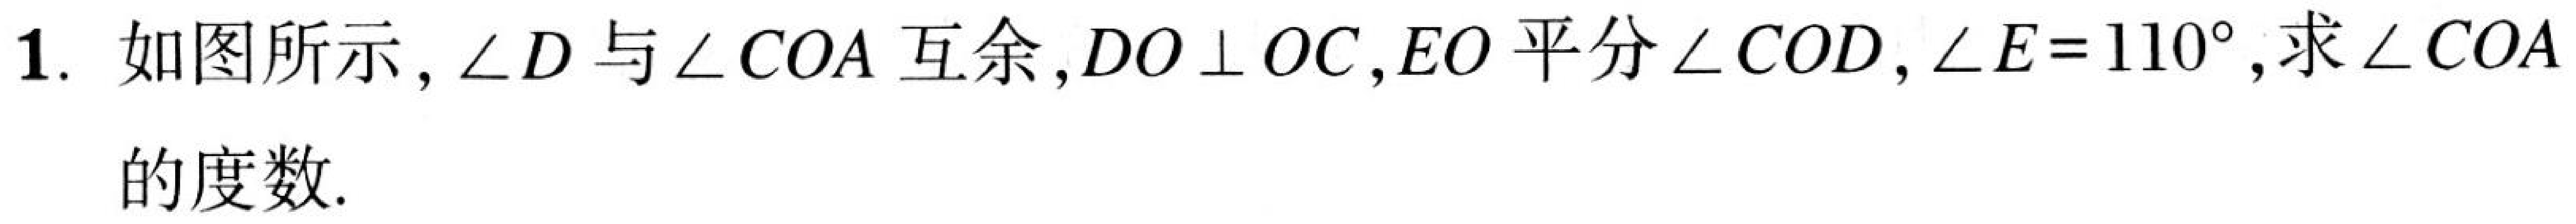
1. 如图所示，\(\angle D\)与\(\angle COA\)互余，\(DO\perp OC\)，\(EO\)平分\(\angle COD\)，\(\angle E = 110^{\circ}\)，求\(\angle COA\)的度数.